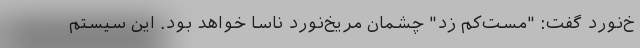
خ‌نورد گفت: "مست‌کم زد" چشمان مریخ‌نورد ناسا خواهد بود. این سیستم